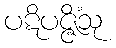
ပဋိပဇ္ဇိံသု